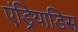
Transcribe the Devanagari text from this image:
एंड्रियाडिस